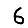
Digit: 6